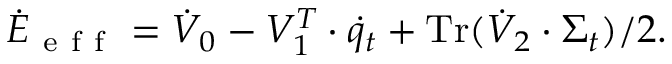
\dot { E } _ { \mathrm { ~ e ~ f ~ f ~ } } = \dot { V } _ { 0 } - V _ { 1 } ^ { T } \cdot \dot { q } _ { t } + \operatorname { T r } ( \dot { V } _ { 2 } \cdot \Sigma _ { t } ) / 2 .